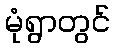
မုံရွာတွင်